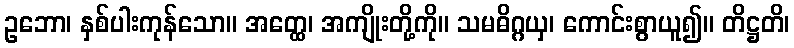
ဥဘော၊ နှစ်ပါးကုန်သော။ အတ္ထေ၊ အကျိုးတို့ကို။ သမဓိဂ္ဂယှ၊ ကောင်းစွာယူ၍။ တိဋ္ဌတိ၊